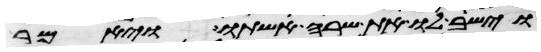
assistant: וישב לו את שרה אשתו ויאמר